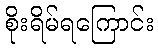
စိုးရိမ်ရကြောင်း